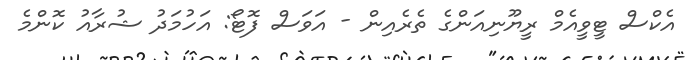
އެކްސް ޓީވީއެމް ރީޔޫނިއަންގެ ތެރެއިން - އަވަސް ފޮޓޯ: އަހުމަދު ޝުރާއު ކޮންމެ